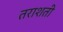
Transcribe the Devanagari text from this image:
तराशती